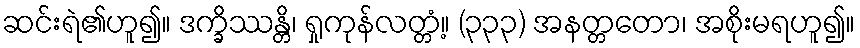
ဆင်းရဲ၏ဟူ၍။ ဒက္ခိဿန္တိ၊ ရှုကုန်လတ္တံ့။ (၃၃၃) အနတ္တတော၊ အစိုးမရဟူ၍။